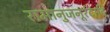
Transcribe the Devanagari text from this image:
रामानुजनूर्रदादि